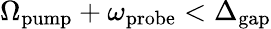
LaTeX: \Omega_{\mathrm{pump}}+\omega_{\mathrm{probe}}<\Delta_{\mathrm{gap}}